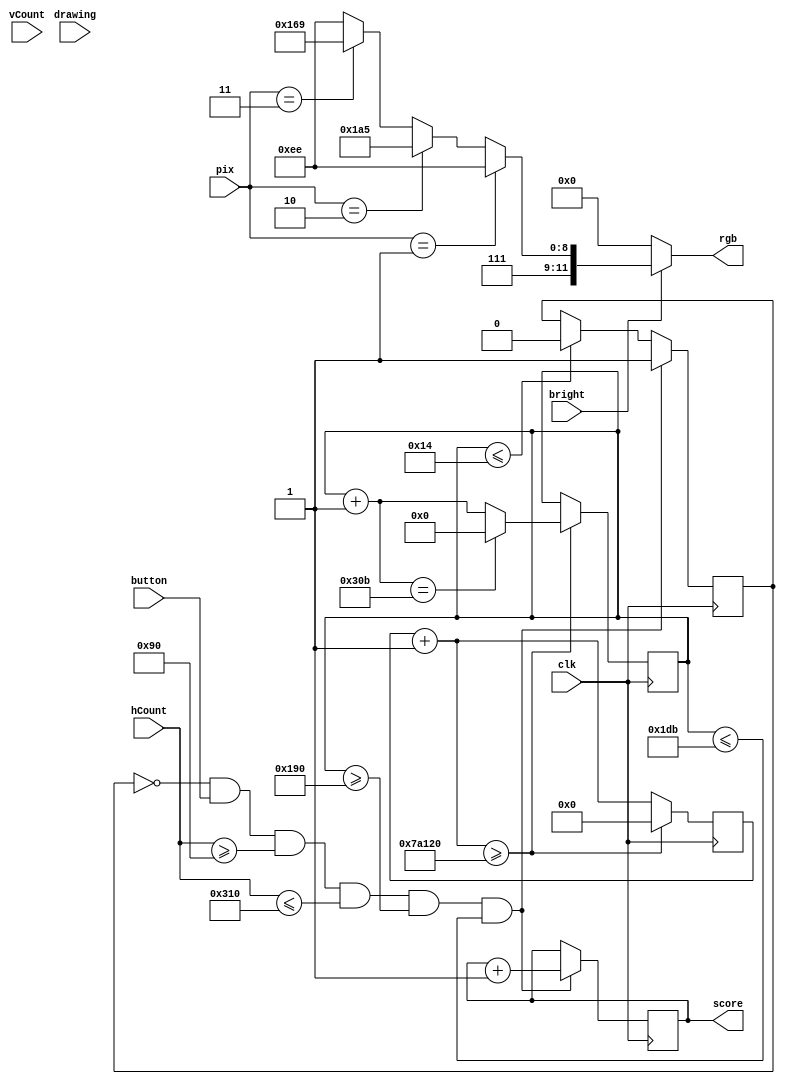
`timescale 1ns / 1ps

module vga_bitchange#(parameter CIDXW=1)(
	input clk,
	input bright,
	input button,
	input [9:0] hCount, vCount,
	input drawing,
	input [CIDXW:0] pix,
	output reg [11:0] rgb,
	output reg [15:0] score
   );
	
	parameter BLACK = 12'b0000_0000_0000;
	parameter WHITE = 12'b1111_1111_1111;
	parameter RED   = 12'b1111_0000_0000;
	parameter GREEN = 12'b0000_1111_0000;
	parameter O  = 12'b111110100101;
	parameter P1 = 12'b111110111011;
	parameter P2 = 12'b111101101001;
	parameter P3 = 12'b101101001000;
	parameter B1 = 12'b100010111110;
	parameter B2 = 12'b010001011010;
	parameter B3 = 12'b010000110111;
	parameter TEXTCLR = 12'b000000000000;
	parameter BGCLR = 12'b1110_1110_1110;
	parameter HIGHLIGHT_BOXCLR = 12'b110111001111; // 12'b1100_1111_1001;
	parameter GREY = 12'b1000_1000_1000;

	wire greenMiddleSquare;
	reg reset;
	reg[9:0] greenMiddleSquareY;
	reg[49:0] greenMiddleSquareSpeed; 

	initial begin
		greenMiddleSquareY = 10'd320;
		score = 15'd0;
		reset = 1'b0;
	end
	
	
	always@ (*) // BIT CHANGE
	begin
		// TEST WITHOUT CHECKING DRAWING
		if (~bright)
			rgb = BLACK; // force black if not bright
		else if((pix == 4'b0001)) // FORCE BG
			rgb = BGCLR;
		else if((pix == 4'b0010))
			rgb = O;	
		else if((pix == 4'b0011))
			rgb = P2;
		else if((pix == 4'b0100))
			rgb = P3;
		else if((pix == 4'b0101))
			rgb = B1;
		else if((pix == 4'b0110))
			rgb = B2;
		else if((pix == 4'b0111))
			rgb = B3;
		else if((pix == 4'b1000))
			rgb = TEXTCLR;
		else if((pix == 4'b1001))
			rgb = HIGHLIGHT_BOXCLR;
		else if((pix == 4'b1010))
			rgb = GREY;
		else // DEFAULT BG
			rgb = BGCLR; 
    	// if (~bright)
		// 	rgb = BLACK; // force black if not bright
		// else if(drawing && (pix == 4'b0001)) // FORCE BG
		// 	rgb = BGCLR;
		// else if(drawing && (pix == 4'b0010))
		// 	rgb = O;	
		// else if(drawing && (pix == 4'b0011))
		// 	rgb = P2;
		// else if(drawing && (pix == 4'b0100))
		// 	rgb = P3;
		// else if(drawing && (pix == 4'b0101))
		// 	rgb = B1;
		// else if(drawing && (pix == 4'b0110))
		// 	rgb = B2;
		// else if(drawing && (pix == 4'b0111))
		// 	rgb = B3;
		// else if(drawing && (pix == 4'b1000))
		// 	rgb = TEXTCLR;
		// else if(drawing && (pix == 4'b1001))
		// 	rgb = HIGHLIGHT_BOXCLR;
		// else // DEFAULT BG
		// 	rgb = BGCLR; 
	end
	
	always@ (posedge clk)
		begin
		greenMiddleSquareSpeed = greenMiddleSquareSpeed + 50'd1; 
		if (greenMiddleSquareSpeed >= 50'd500000) //500 thousand
			begin
			greenMiddleSquareY = greenMiddleSquareY + 10'd1;
			greenMiddleSquareSpeed = 50'd0;
			if (greenMiddleSquareY == 10'd779)
				begin
				greenMiddleSquareY = 10'd0;
				end
			end
		end

	always@ (posedge clk)
		if ((reset == 1'b0) && (button == 1'b1) && (hCount >= 10'd144) && (hCount <= 10'd784) && (greenMiddleSquareY >= 10'd400) && (greenMiddleSquareY <= 10'd475))
			begin
			score = score + 16'd1;
			reset = 1'b1;
			end
		else if (greenMiddleSquareY <= 10'd20)
			begin
			reset = 1'b0;
			end


	assign greenMiddleSquare = ((hCount >= 10'd340) && (hCount < 10'd380)) &&
				   ((vCount >= greenMiddleSquareY) && (vCount <= greenMiddleSquareY + 10'd40)) ? 1 : 0;

	/*
	// bg generation
	assign obst1_pix = rectangle of size depending on type, located at xpos1, ypos1
	10 registers for : xpos, ypos, type 
	every few clocks (26+), randomize in {0, obstacle 1, obstacle 2, ...}
	store to empty register (with invalid xpos. or size = 0?)
	in bitchange, decide rgb based on type. 

	// non obstacle bg
	can be hard coded maybe? and looped. 
	*/
	
endmodule